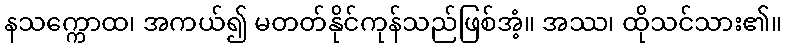
နသက္ကောထ၊ အကယ်၍ မတတ်နိုင်ကုန်သည်ဖြစ်အံ့။ အဿ၊ ထိုသင်သား၏။